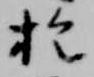
於